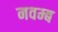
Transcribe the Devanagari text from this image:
नवम्ब